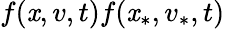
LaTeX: f(\mathit{x},v,t)f(\mathit{x}_{\ast},v_{\ast},t)